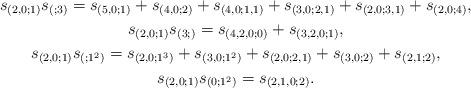
LaTeX: \begin{gather*}s_{(2,0;1)} s_{(;3)}=s_{(5,0;1)}+s_{(4,0;2)}+s_{(4,0;1,1)}+s_{(3,0;2,1)}+s_{(2,0;3,1)}+s_{(2,0;4)},\\s_{(2,0;1)} s_{(3;)}=s_{(4,2,0;0)}+s_{(3,2,0;1)},\\s_{(2,0;1)} s_{(;1^2)}=s_{(2,0;1^3)}+s_{(3,0;1^2)}+s_{(2,0;2,1)}+s_{(3,0;2)}+s_{(2,1;2)},\\ s_{(2,0;1)} s_{(0;1^2)}=s_{(2,1,0;2)}.\end{gather*}